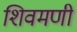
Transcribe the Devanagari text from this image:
शिवमणी